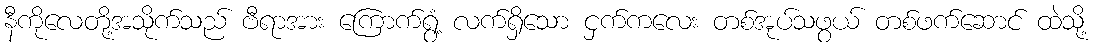
နီကိုလေတို့အသိုက်သည် ဗီရာအား ကြောက်ရွံ့ လက်ရှိသော ငှက်ကလေး တစ်အုပ်သဖွယ် တစ်ဖက်ဆောင် ထဲသို့